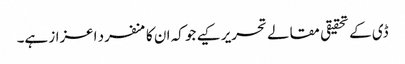
ڈی کے تحقیقی مقالے تحریر کیے جو کہ ان کا منفرد اعزاز ہے۔